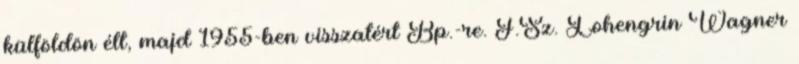
külföldön élt, majd 1955-ben visszatért Bp.-re. F.Sz. Lohengrin Wagner